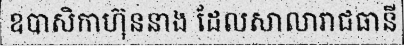
ឧបាសិកាហ៊ុននាង ដែលសាលារាជធានី